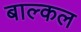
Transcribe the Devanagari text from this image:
बाल्कल